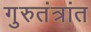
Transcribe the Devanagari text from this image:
गुरुतंत्रांत